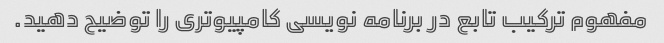
مفهوم ترکیب تابع در برنامه نویسی کامپیوتری را توضیح دهید.